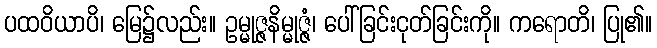
ပထဝိယာပိ၊ မြေ၌လည်း။ ဥမ္မုဇ္ဇနိမ္မုဇ္ဇံ၊ ပေါ်ခြင်းငုတ်ခြင်းကို။ ကရောတိ၊ ပြု၏။